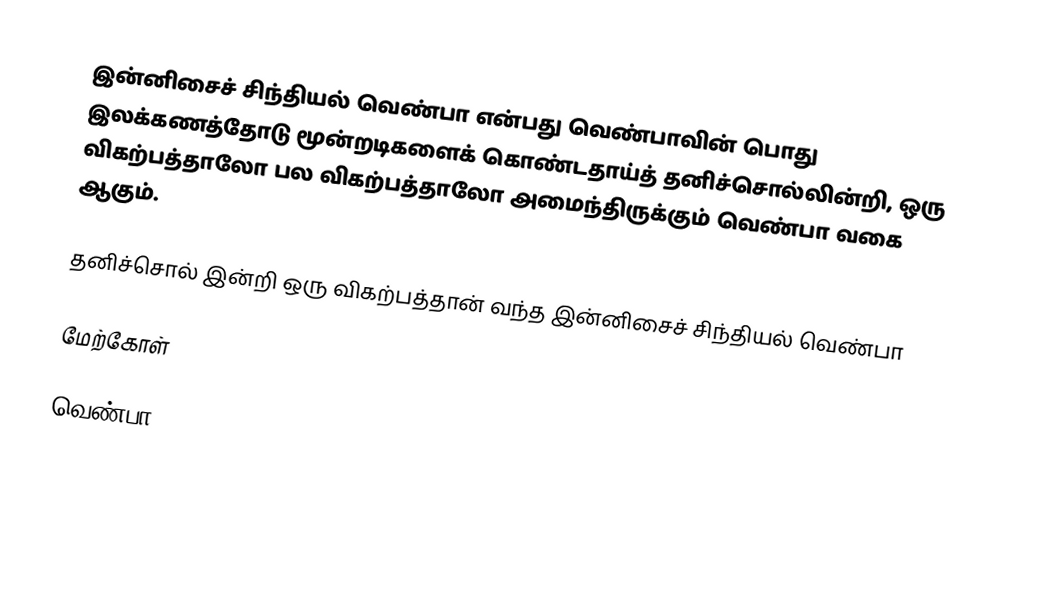
இன்னிசைச் சிந்தியல் வெண்பா என்பது வெண்பாவின் பொது இலக்கணத்தோடு மூன்றடிகளைக் கொண்டதாய்த் தனிச்சொல்லின்றி, ஒரு விகற்பத்தாலோ பல விகற்பத்தாலோ அமைந்திருக்கும் வெண்பா வகை ஆகும்.

தனிச்சொல் இன்றி ஒரு விகற்பத்தான் வந்த இன்னிசைச் சிந்தியல் வெண்பா

மேற்கோள்

வெண்பா